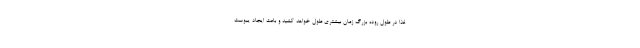
غذا در طول روده بزرگ زمان بیشتری طول خواهد کشید و باعث ایجاد یبوست